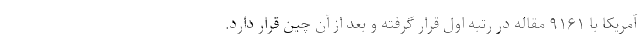
آمریکا با ۹۱۶۱ مقاله در رتبه اول قرار گرفته و بعد از آن چین قرار دارد.